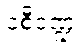
ဝစီဒဏ္ဍံ